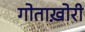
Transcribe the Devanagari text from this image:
गोताख़ोरी